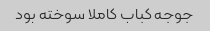
جوجه کباب کاملا سوخته بود